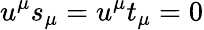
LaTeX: u^{\mu}s_{\mu}=u^{\mu}t_{\mu}=0